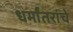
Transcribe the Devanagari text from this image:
धर्मांतरांचे